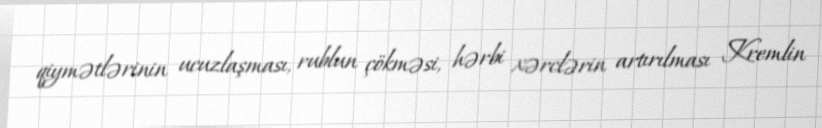
qiymətlərinin ucuzlaşması, rublun çökməsi, hərbi xərclərin artırılması Kremlin